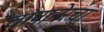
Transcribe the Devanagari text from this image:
चांपानेरचा